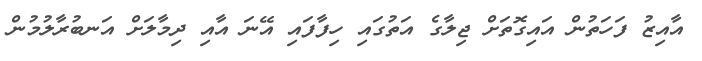
އާއިޒު ފަހަތުން އައިގޮތަށް ޖިލާގެ އަތުގައި ހިފާފައި އޭނަ އާއި ދިމާލަށް އަނބުރާލުމުން